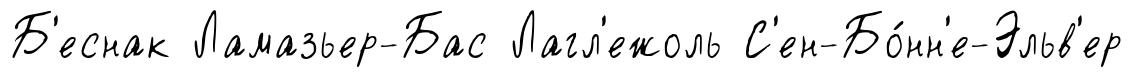
Б'еснак Ламазьер-Бас Лагл'ежоль С'ен-Бо́нн'е-Эльв'ер